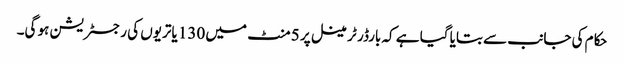
حکام کی جانب سے بتایا گیا ہے کہ بارڈر ٹرمینل پر 5 منٹ میں 130 یاتریوں کی رجسٹریشن ہو گی۔